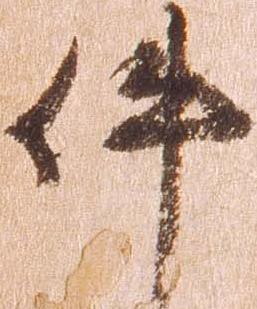
件